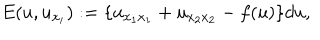
E ( u , u _ { x _ { i } } ) : = \{ u _ { x _ { 1 } x _ { 1 } } + u _ { x _ { 2 } x _ { 2 } } - f ( u ) \} d u ,